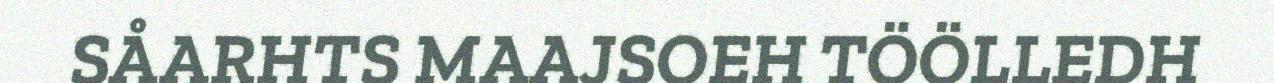
SÅARHTS MAAJSOEH TÖÖLLEDH